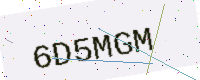
Text: 6D5MGM